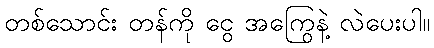
တစ်သောင်း တန်ကို ငွေ အကြွေနဲ့ လဲပေးပါ။